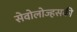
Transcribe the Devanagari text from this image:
सेवोलोज्हसकी